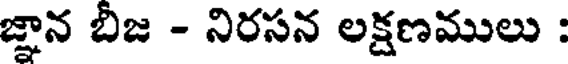
జ్ఞాన బిజ - నిరసన లక్షణములు :